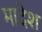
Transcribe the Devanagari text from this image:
मादेश